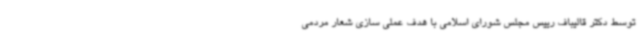
توسط دکتر قالیباف رییس مجلس شورای اسلامی با هدف عملی سازی شعار مردمی